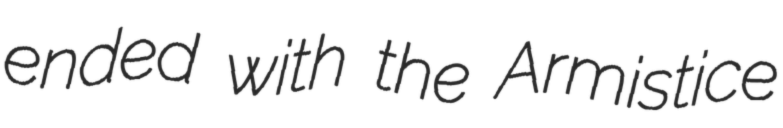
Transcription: ended with the Armistice